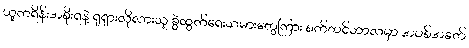
ယူကရိန်းအစိုးရနဲ့ ရုရှားလိုလားသူ ခွဲထွက်ရေးသမားတွေကြား စက်တင်ဘာလမှာ အပစ်အခတ်